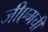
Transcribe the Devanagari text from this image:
जीएमची